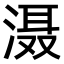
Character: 滠